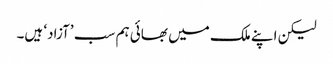
لیکن اپنے ملک میں بھائی ہم سب ’آزاد‘ ہیں۔